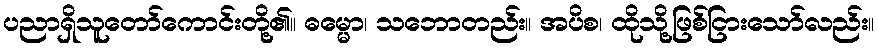
ပညာရှိသူတော်ကောင်းတို့၏။ ဓမ္မော၊ သဘောတည်း။ အပိစ၊ ထိုသို့ဖြစ်ငြားသော်လည်း။